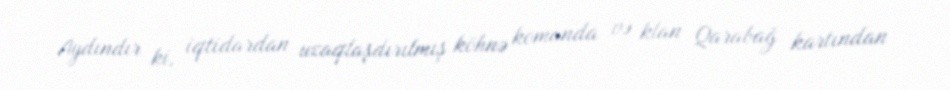
Aydındır ki, iqtidardan uzaqlaşdırılmış köhnə komanda və klan Qarabağ kartından